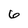
Character: 6